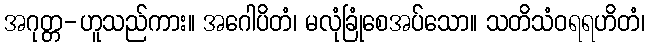
အဂုတ္တ-ဟူသည်ကား။ အဂေါပိတံ၊ မလုံခြုံစေအပ်သော။ သတိသံဝရရဟိတံ၊